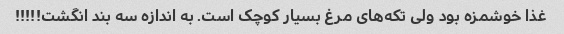
غذا خوشمزه بود ولی تکه‌های مرغ بسیار کوچک است. به اندازه سه بند انگشت!!!!!